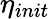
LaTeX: \eta_{init}